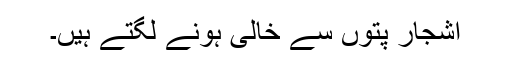
اشجار پتوں سے خالی ہونے لگتے ہیں۔